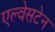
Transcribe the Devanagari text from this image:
एल्वेसटेन